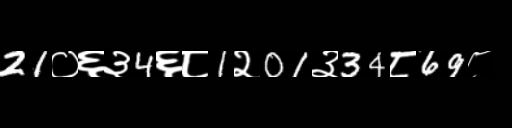
Text: 21०६३4६८1२01३34८69८